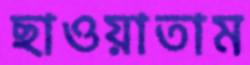
ছাওয়াতাম